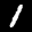
Label: 1